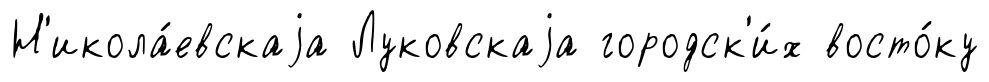
Н'икола́евскаjа Луковскаjа городск'и́х восто́ку